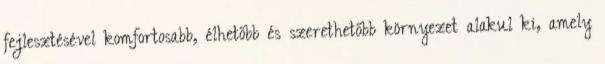
fejlesztésével komfortosabb, élhetőbb és szerethetőbb környezet alakul ki, amely